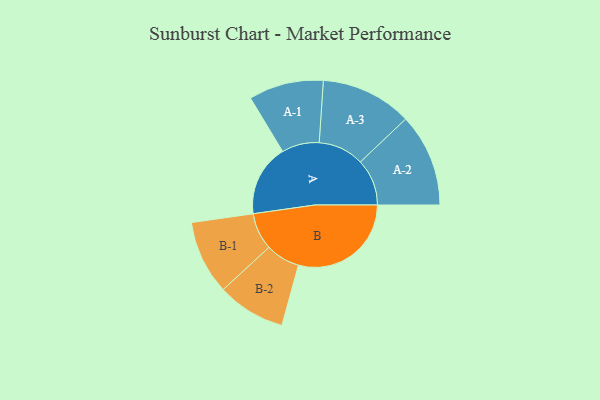
{"axis": {"x": "Segment", "y": "Value"}, "legend": ["", "A", "B"], "data": [{"x": "A", "y": 314, "type": ""}, {"x": "B", "y": 494, "type": ""}, {"x": "A-1", "y": 164, "type": "A"}, {"x": "A-2", "y": 204, "type": "A"}, {"x": "A-3", "y": 200, "type": "A"}, {"x": "B-1", "y": 162, "type": "B"}, {"x": "B-2", "y": 150, "type": "B"}]}